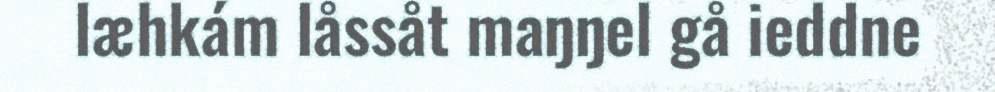
læhkám låssåt maŋŋel gå ieddne